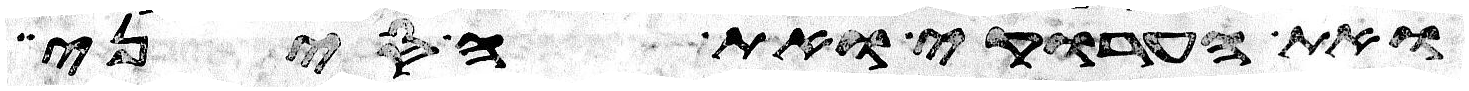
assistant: ואת הערוקי ואת הסיני